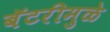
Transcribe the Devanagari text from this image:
बॅटरीमुळे